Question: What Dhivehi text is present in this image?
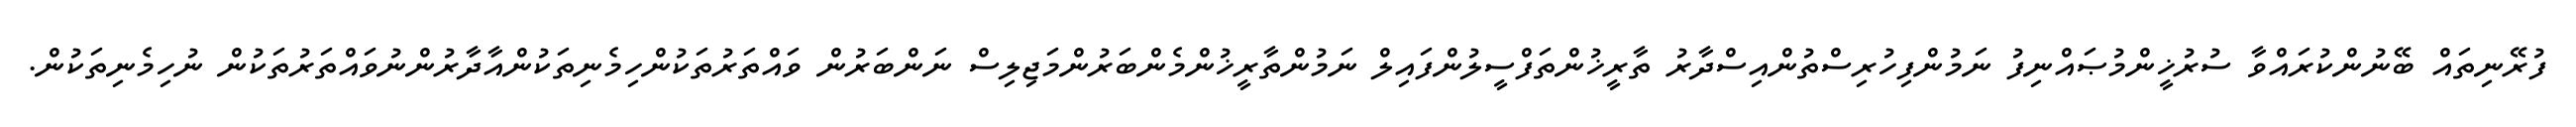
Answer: ފުރޭނިތައް ބޭނުންކުރައްވާ ސުރުޚީންމުޞައްނިފު ނަމުންފިހުރިސްތުންއިސްދާރު ތާރީޚުންތަފްސީލުންފައިލް ނަމުންތާރީޚުންމެންބަރުންމަޖިލިސް ނަންބަރުން ވައްތަރުތަކުންހިމެނިތަކުންއާދާރުންނުވައްތަރުތަކުން ނުހިމެނިތަކުން.